Vital statistics of India. Vol. IV, Annual returns from 1871 to 1876. British Army of India, Native Army and jails of Bengal
Year: 1871
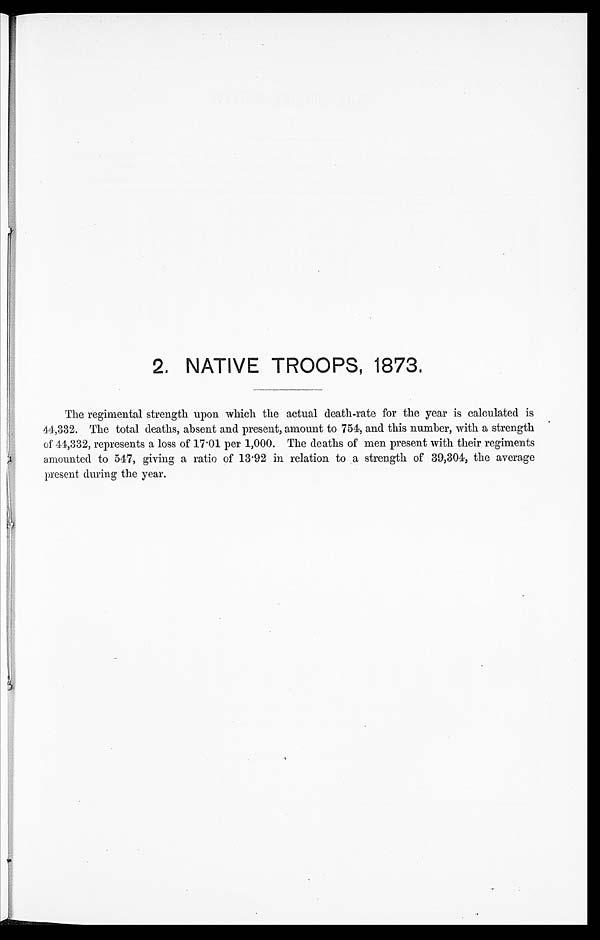
2. NATIVE TROOPS, 1873.
The regimental strength upon which the actual death-rate for the year is calculated is
41,332. The total deaths, absent and present, amount to 754, and this number, with a strength •
of 41,332, represents a loss of 17 . 01 per 1,000. The deaths of men present with their regiments
amounted to 547, giving a ratio of 13 . 92 in relation to a strength of 39,304, the average
present during the year.